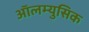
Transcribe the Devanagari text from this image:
ऑलम्युसिक